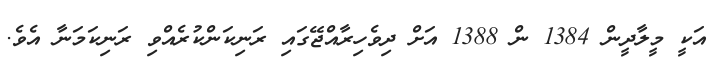
އަކީ މީލާދީން 1384 ން 1388 އަށް ދިވެހިރާއްޖޭގައި ރަނިކަންކުރެއްވި ރަނިކަމަނާ އެވެ.